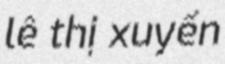
lê thị xuyến